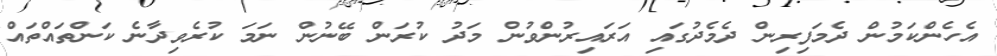
އެހެންކަމުން ދެމަފިރިން ދެމެދުގައި އަރައިރުންވުން މަދު ކުރަން ބޭނުން ނަމަ ކުރެވިދާނެ ކަންތައްތައް